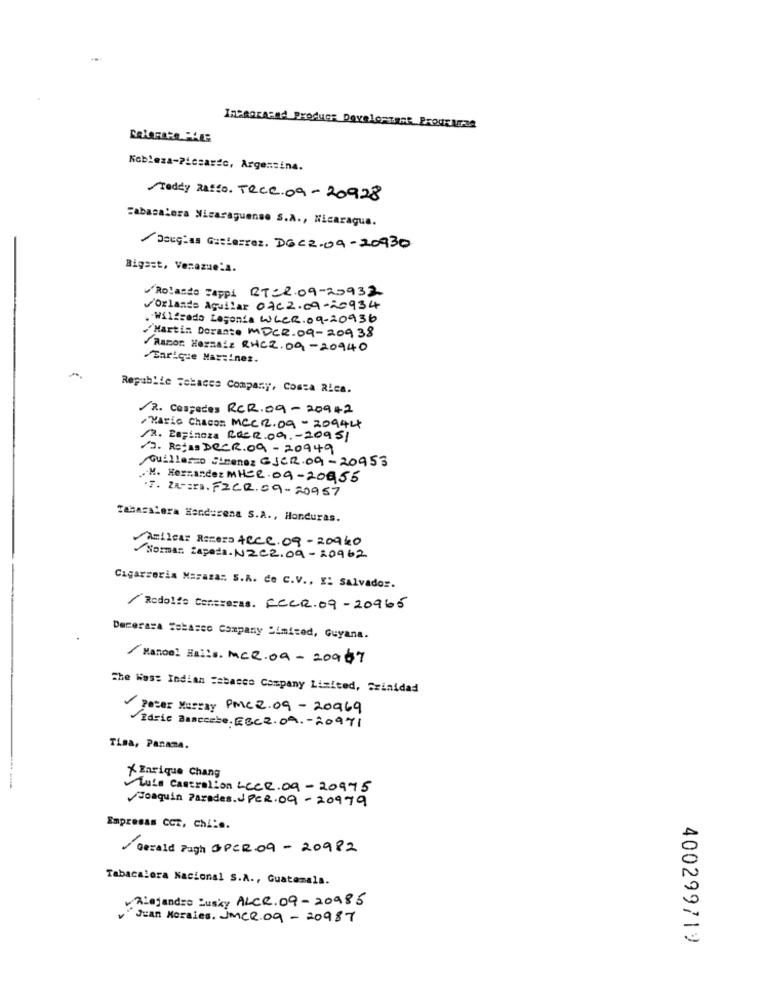
Integrated Product Development Prodcuzza
Kobleza-Picsartc, Argentina.
Teddy Rasto. TecC. 09-20928
Tabacalera Nicaraguense S.A ., Nicaragua.
Douglas Gasterrez. DGC2-09-20930
Bigast, Venezuela.
/Rolando Tappi RTCR.09-25932
/Orlando Aguilar 0202.09-20934
. Wilfredo Legonia WLER.09-20936
/Martin Dorante MDCR-09-20938
Razor HozzaLE RHCZ.09-20940
Enrique Martinez.
Republic Tehaces Company, Costa Rica.
12. Cespedes RCR.09-20942
Mario Chacon MCC 12.09-20944
/2. Espinoza ROER.09 .- 20951
13. Rojas DeCR.09-20949
Quillero Cimenez GJCR.09-20953
. M. Hernandez MHER.09-20955
.7. ZA -: ). FICQ.09-20957
Tabacalera Hendurena S.A ., Honduras.
Amilcar Remera Acce. 09-20940
Sommar Zapada. N202.09-20962
Cigarseria Masaza :. S.R. de C.V ., E: Salvador.
/ Redolie Contreras. ECCR.09-20965
Dererara Tabasco Company Limited, Guyana.
Manos: Halls. MCR.09-20967
The Was: Indian Tabasco Company Limited, Trinidad
Peter Murray PMC 2.09-20969
Idrie Bascerbe. EBC 2.04 .- 20971
Tina, Panama.
* Enrique Chang
Luis Castration LCCR.09-20975
Joaquin Parades. PCR.09-20979
Empresas CCT, chi :..
Gerald Pugh OPCR.09- 20982
Tabacalera Nacional S.A ., Guatemala.
Alejandro Lusky ALCR. 09-20985
v Juan Morales, JMCQ.09- 20987
400299719